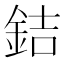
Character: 銡